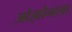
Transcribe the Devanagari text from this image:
ओझोनला